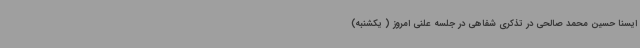
ایسنا حسین محمد صالحی در تذکری شفاهی در جلسه علنی امروز ( یکشنبه)